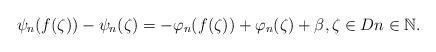
LaTeX: \begin{align*}\psi_{n}( f(\zeta ))-\psi_{n}(\zeta )=-\varphi_{n}( f(\zeta )) + \varphi_{n}(\zeta ) +\beta , \zeta \in Dn\in\mathbb{N}.\end{align*}